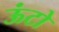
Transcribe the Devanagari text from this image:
ऊंटो